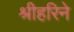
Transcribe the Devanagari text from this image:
श्रीहरिने